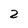
Character: 2